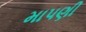
માપણી